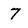
Character: 7